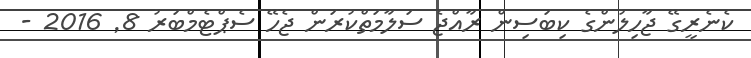
ކެނެރީގޭ ޖާހިލުންގެ ކިބަސިން ރާއްޖެ ސަލާމަތްކުރަން ޖެހޭ ސެޕްޓެމްބަރު 8